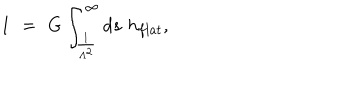
LaTeX: 1 \, \, = \, \, G \int _ { \frac { 1 } { \Lambda ^ { 2 } } } ^ { \infty } d s \, \, h _ { f l a t } ,